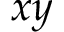
x y